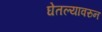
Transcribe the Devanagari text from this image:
घेतल्यावरुन